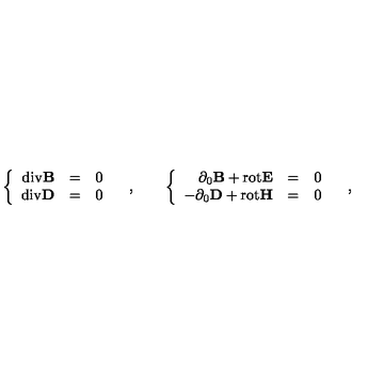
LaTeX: \left\{ \begin{array} { r c l } { \mathrm { d i v } { \bf B } } & { = } & { 0 } \\ { \mathrm { d i v } { \bf D } } & { = } & { 0 } \\ \end{array} \right. \quad , \qquad \left\{ \begin{array} { r c l } { \phantom { - } \partial _ { 0 } { \bf B } { } + { } \mathrm { r o t } { \bf E } } & { = } & { 0 } \\ { - \partial _ { 0 } { \bf D } { } + { } \mathrm { r o t } { \bf H } } & { = } & { 0 } \\ \end{array} \right. \quad ,